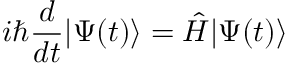
i \hbar { \frac { d } { d t } } \vert \Psi ( t ) \rangle = { \hat { H } } \vert \Psi ( t ) \rangle